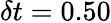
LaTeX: \delta t=0.50